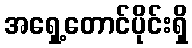
အရှေ့တောင်ပိုင်းရှိ